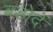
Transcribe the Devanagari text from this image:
बडोदें